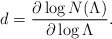
\begin{align*}d = \frac{\partial \log N(\Lambda)}{\partial \log \Lambda}. \end{align*}